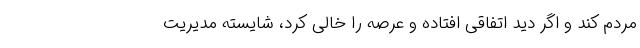
مردم کند و اگر دید اتفاقی افتاده و عرصه را خالی کرد، شایسته مدیریت